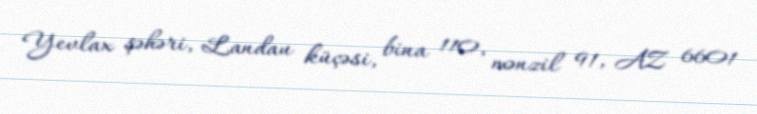
Yevlax şəhəri, Landau küçəsi, bina 110, mənzil 91, AZ 6601